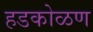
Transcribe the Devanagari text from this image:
हडकोळण